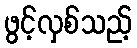
ဖွင့်လှစ်သည့်